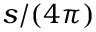
s / ( 4 \pi )